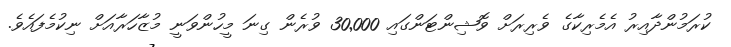
ކުރަމުންދާއިރު އެމެރިކާގެ ވެރިރަށް ވޮޝިންޓަންގައި 30